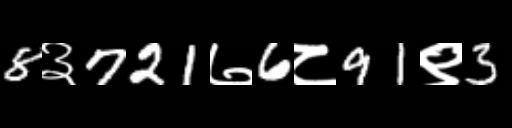
Text: 8३721७6८91९3